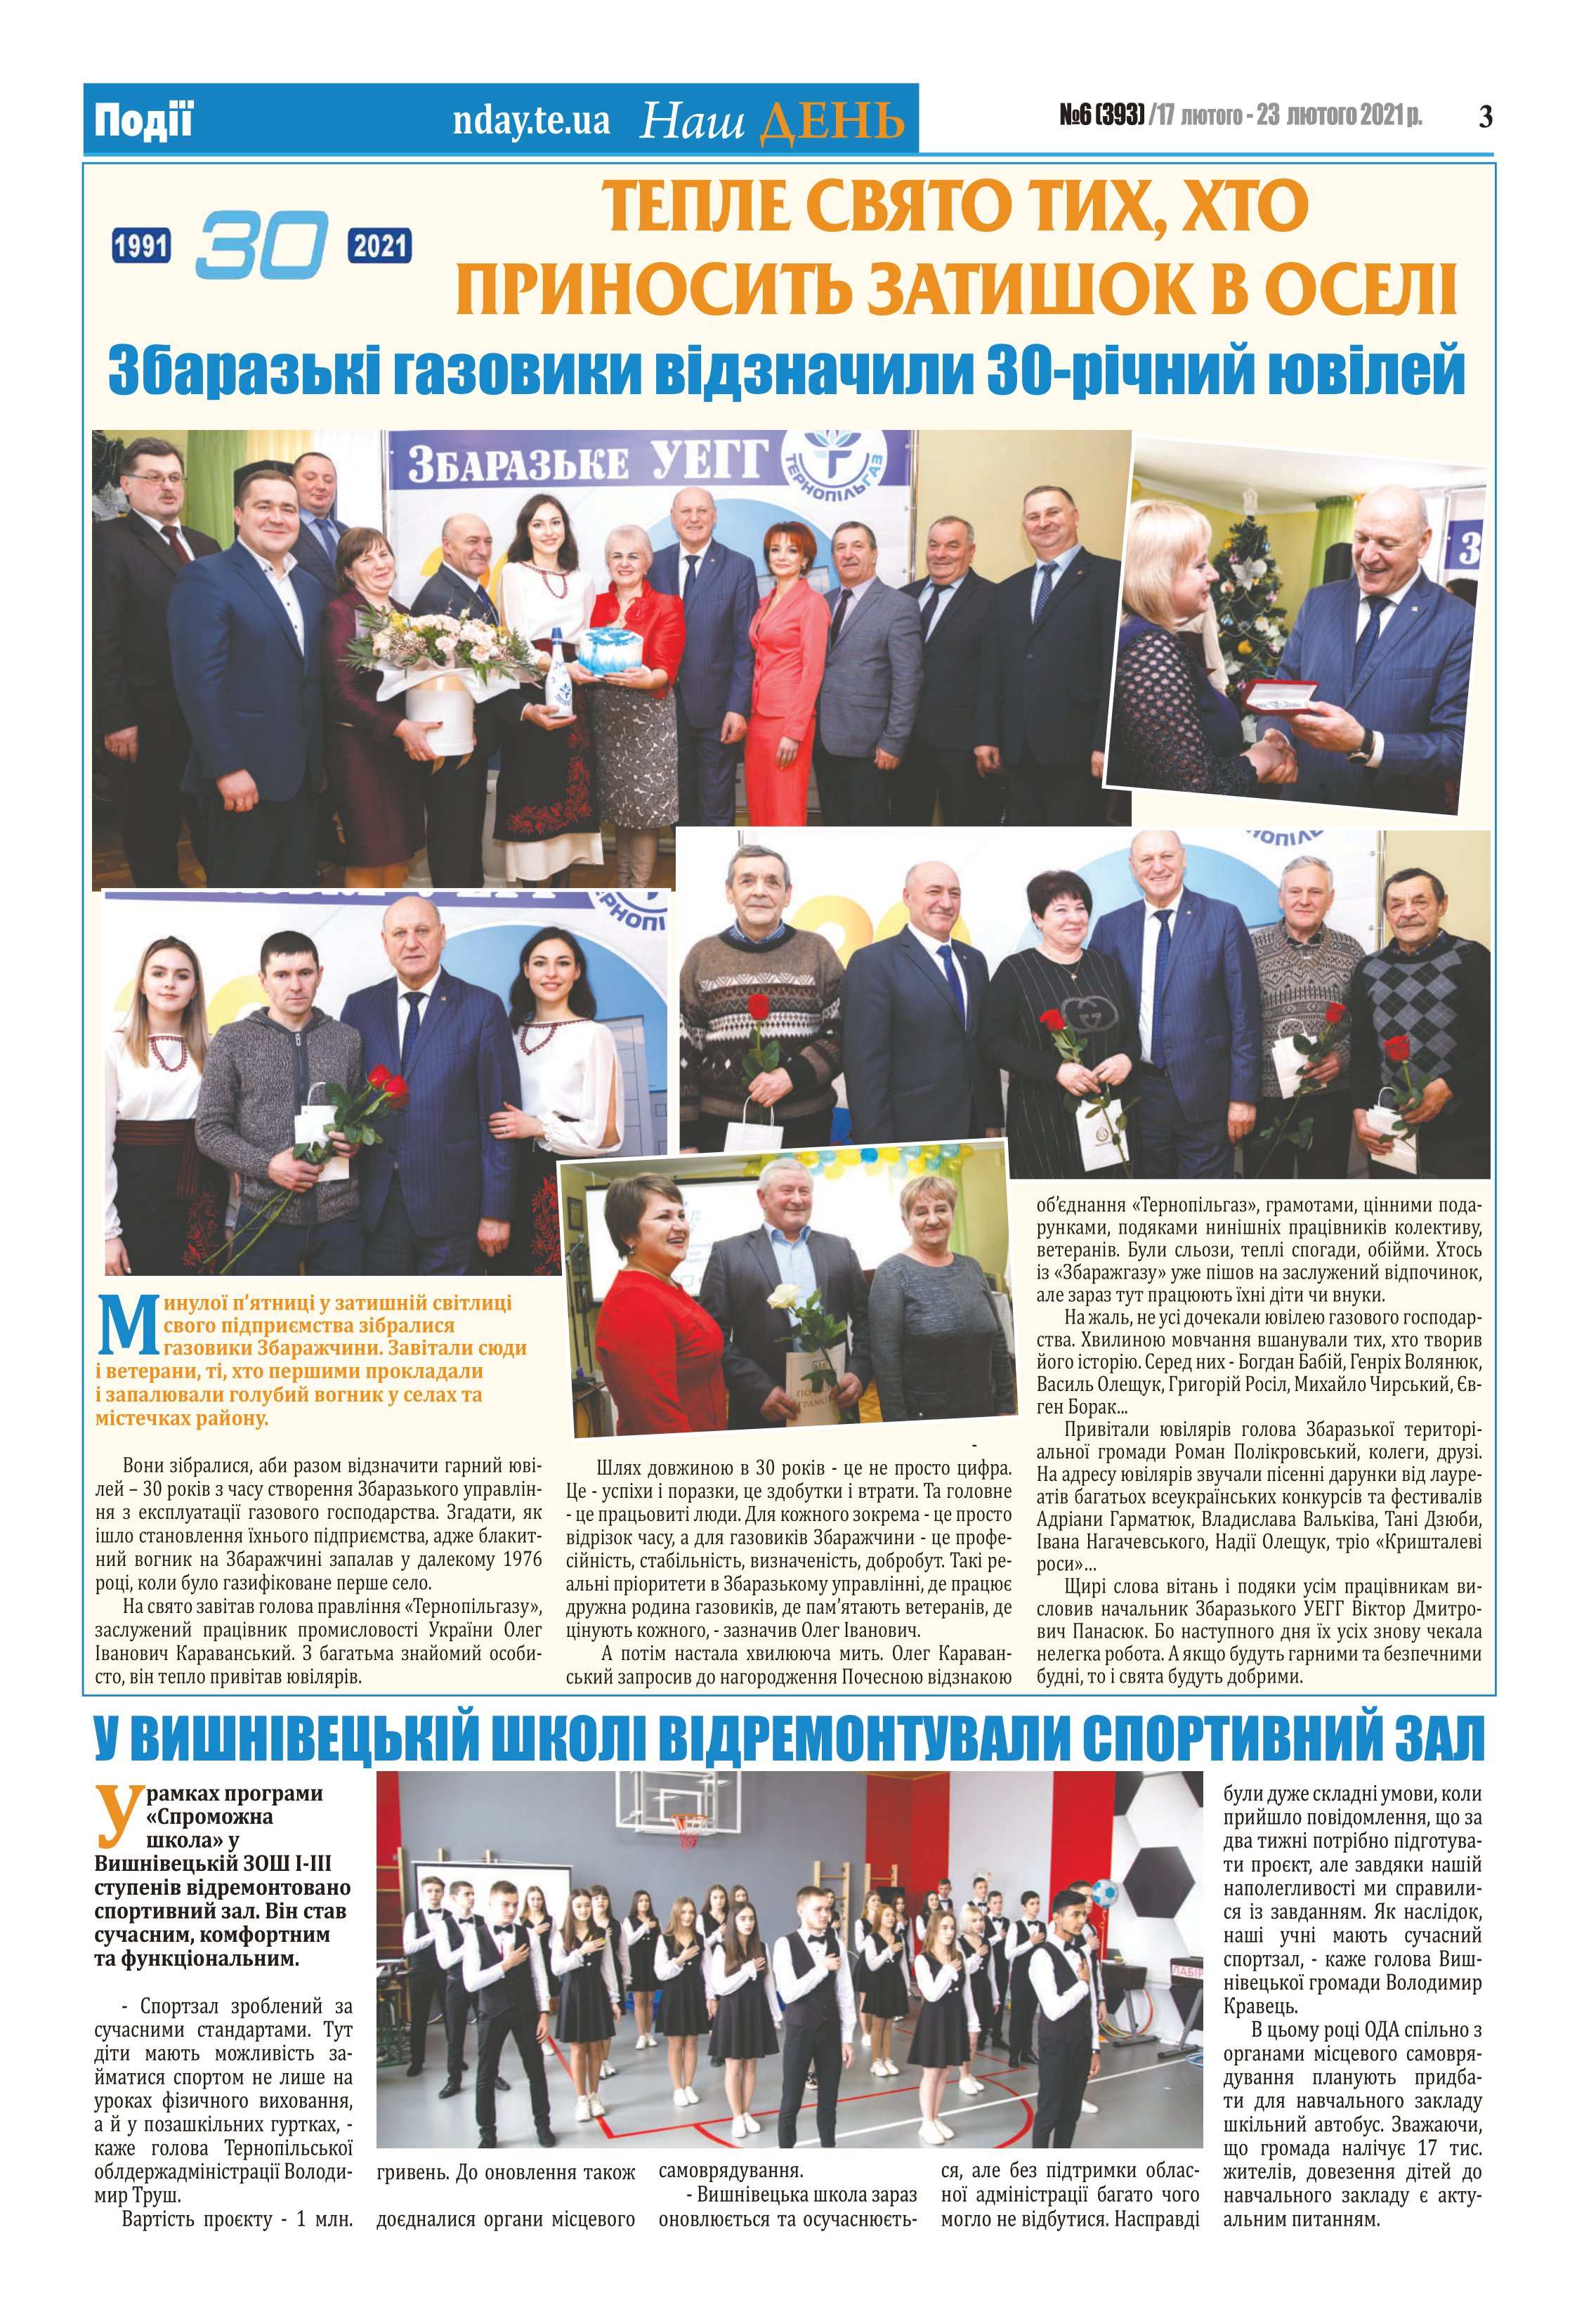
Language: uk